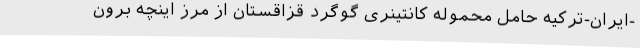
-ایران-ترکیه حامل محموله کانتینری گوگرد قزاقستان از مرز اینچه برون